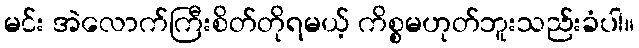
မင်း အဲလောက်ကြီးစိတ်တိုရမယ့် ကိစ္စမဟုတ်ဘူးသည်းခံပါ။